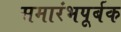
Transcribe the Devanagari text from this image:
समारंभपूर्बक